Lunatic asylums Central Provinces reports 1895-1909 - 1895-1909
Year: 1895
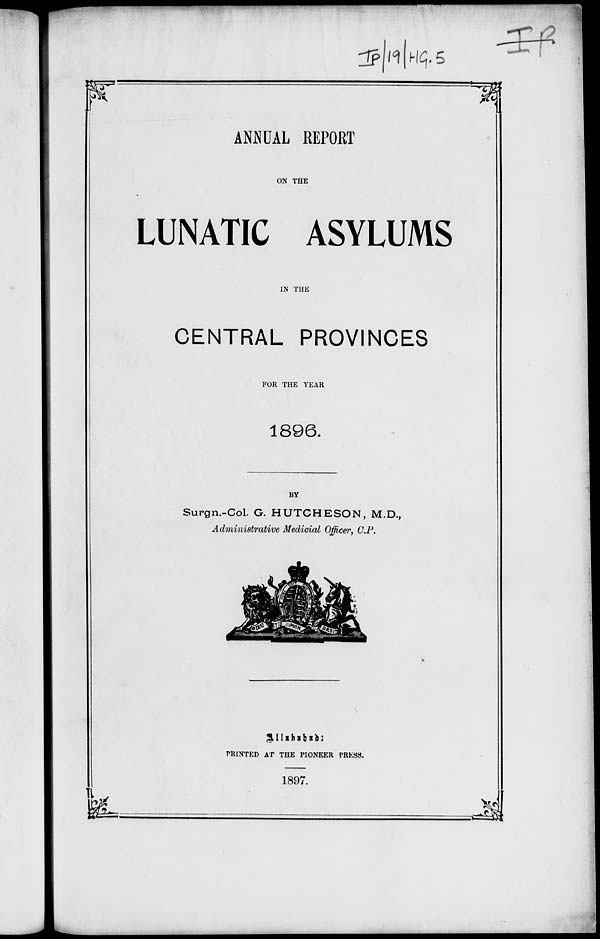
ANNUAL REPORT
ON THE
LUNATIC ASYLUMS
IN THE
CENTRAL PROVINCES
FOR THE YEAR
1896.
BY
Surgn.-Col. G. HUTCHESON, M.D.,
Administrative Medicial Officer, C.P.
Allahabad :
PRINTED AT THE PIONEER PRESS.
1897.